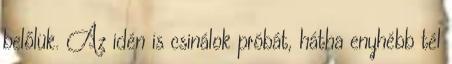
belőlük. Az idén is csinálok próbát, hátha enyhébb tél